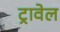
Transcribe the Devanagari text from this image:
ट्रावेल